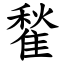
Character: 䨂